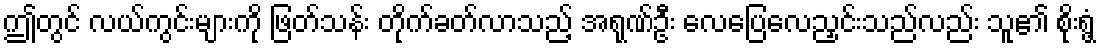
ဤတွင် လယ်ကွင်းများကို ဖြတ်သန်း တိုက်ခတ်လာသည့် အရုဏ်ဦး လေပြေလေညှင်းသည်လည်း သူ၏ စိုးရွံ့